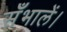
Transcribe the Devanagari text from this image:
सँभालें।